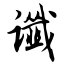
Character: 谶